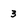
Character: 3